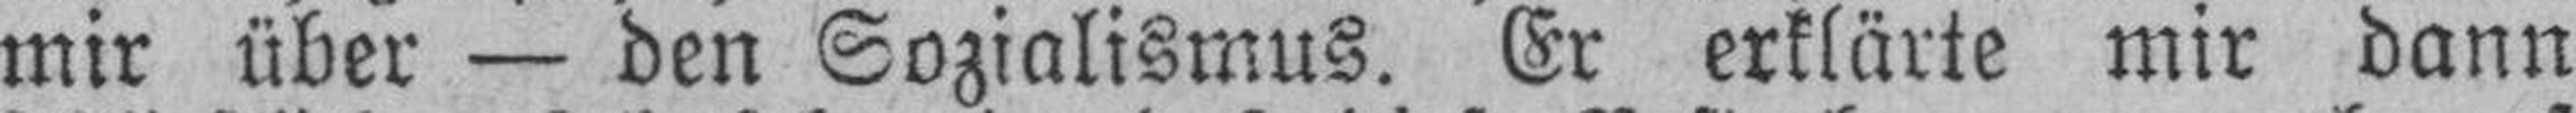
mir über — den Sozialismus. Er erklärte mir dann